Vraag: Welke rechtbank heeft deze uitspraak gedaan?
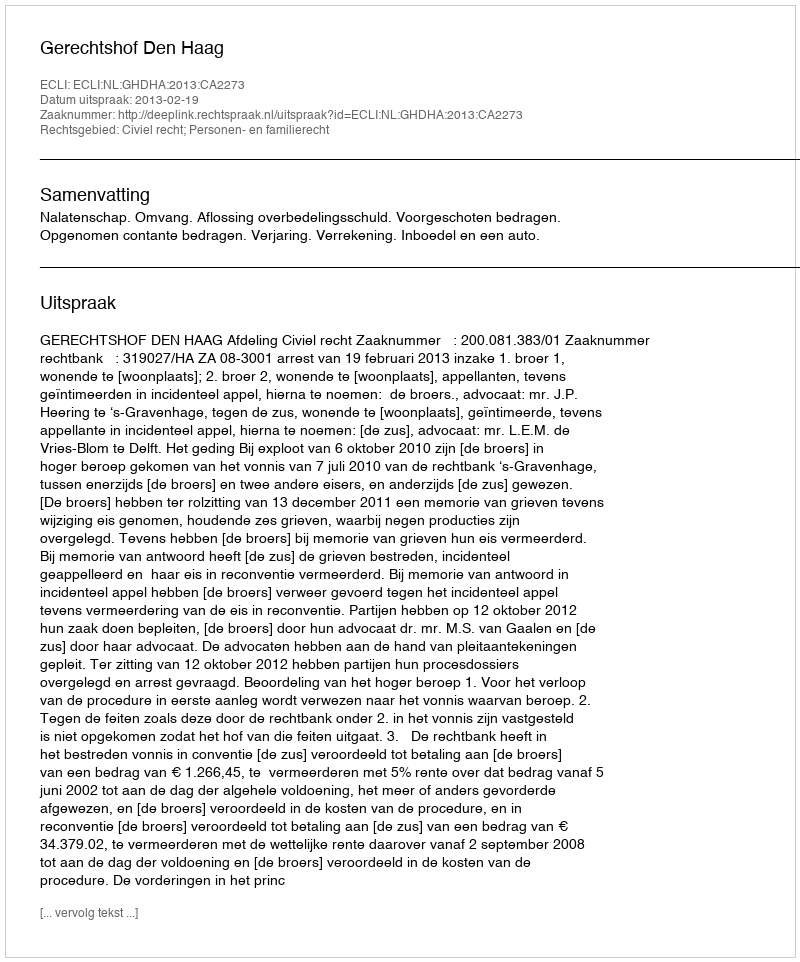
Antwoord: Gerechtshof Den Haag